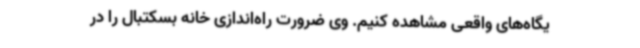
یگاه‌های واقعی مشاهده کنیم. وی ضرورت راه‌اندازی خانه بسکتبال را در